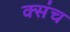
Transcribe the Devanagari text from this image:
क्संच